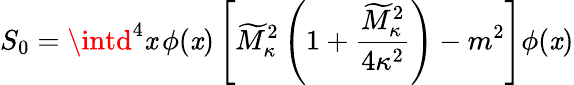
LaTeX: S_{0}=\intd^{4}\mathit{x}\, \phi(\mathit{x})\left[\widetilde{{M}}_{\kappa}^{2}\left(1+{\frac{{\widetilde{{M}}_{\kappa}^{2}}}{{4\kappa^{2}}}}\right)-m^{2}\right]\phi(\mathit{x})